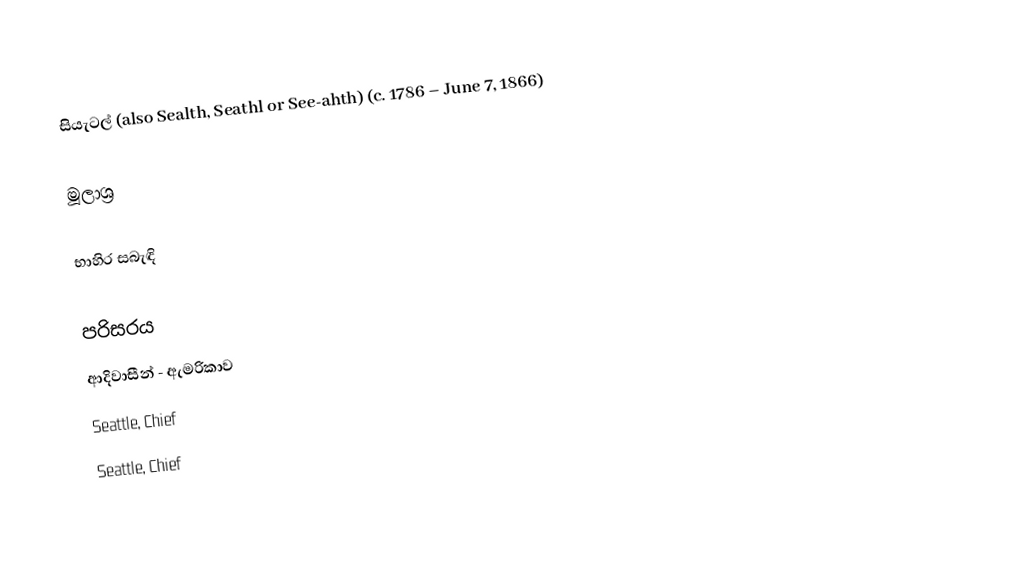
සියැටල් (also Sealth, Seathl or See-ahth) (c. 1786 – June 7, 1866)

මූලාශ්‍ර

භාහිර සබැඳි

පරිසරය
ආදිවාසීන් - ඇමරිකාව
Seattle, Chief
Seattle, Chief